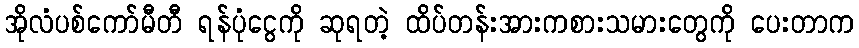
အိုလံပစ်ကော်မီတီ ရန်ပုံငွေကို ဆုရတဲ့ ထိပ်တန်းအားကစားသမားတွေကို ပေးတာက